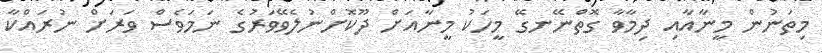
މިތަނުން މީނާއާއި ދިމާވާ ގޮތްނޭނގޭ މީހަކު މީނާއަށް ދޫކޮށްނުލެވޭވަރުގެ ނަމަވެސް ވަރަށް ނުރައްކާ